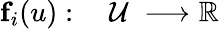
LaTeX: \begin{array}{rl}{\textbf{f}_{i}(u):\; }&{{}\mathcal{U}\; \longrightarrow\mathbb{R}}\end{array}